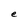
Character: e